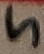
Text: 5